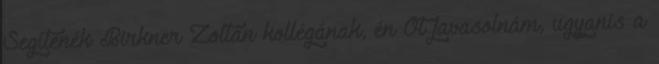
Segítenék Birkner Zoltán kollégának, én Őt javasolnám, ugyanis a